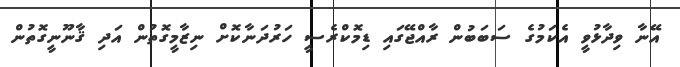
އޭނާ ވިދާޅުވީ އެކަމުގެ ސަބަބުން ރާއްޖޭގައި ޑިމޮކްރެސީ ހަރުދަނާކޮށް ނިޒާމީގޮތުން އަދި ޤާނޫނީގޮތުން